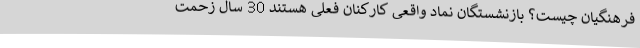
فرهنگیان چیست؟ بازنشستگان نماد واقعی کارکنان فعلی هستند 30 سال زحمت